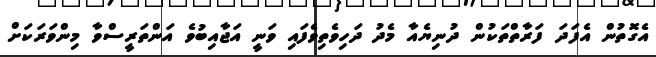
އެގޮތުން އެފަދަ ފަރާތްތަކުން ދުނިޔެއާ މެދު ދަހިވެތިވެފައި ވަނީ އަޖާއިބުވެ އަންތަރީސްވާ މިންވަރަކަށް